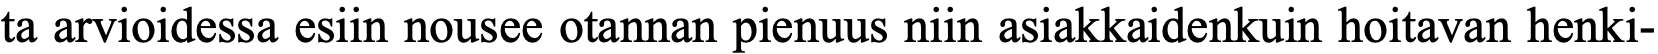
ta arvioidessa esiin nousee otannan pienuus niin asiakkaidenkuin hoitavan henki-